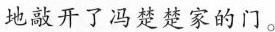
地敲开了冯楚楚家的门